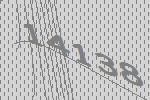
14138